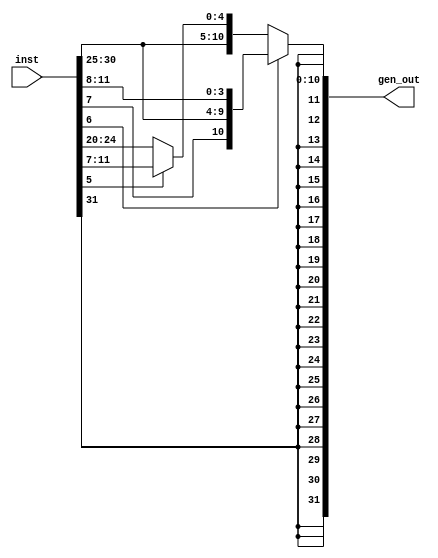
module ImmGen (output [31:0] gen_out, input [31:0] inst);
reg[11:0] x;

always@(*) begin
if(inst[6] == 0) begin
    if(inst[5] == 0) begin
        x = inst[31:20];
    end
    else begin
        x = {inst[31:25], inst[11:7]};
    end
end
else begin
    x = {inst[31], inst[7], inst[30:25], inst[11:8]};
end
end

assign gen_out = { {20{x[11]}}, x[11:0]};

endmodule